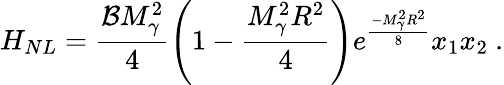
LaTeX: H_{NL}=\frac{\mathcal{B}M_{\gamma}^{2}}{4}\left(1-\frac{M_{\gamma}^{2}R^{2}}{4}\right)e^{\frac{-M_{\gamma}^{2}R^{2}}{8}}x_{1}x_{2}\ .